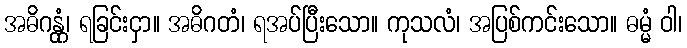
အဓိဂန္တုံ၊ ရခြင်းငှာ။ အဓိဂတံ၊ ရအပ်ပြီးသော။ ကုသလံ၊ အပြစ်ကင်းသော။ ဓမ္မံ ဝါ၊